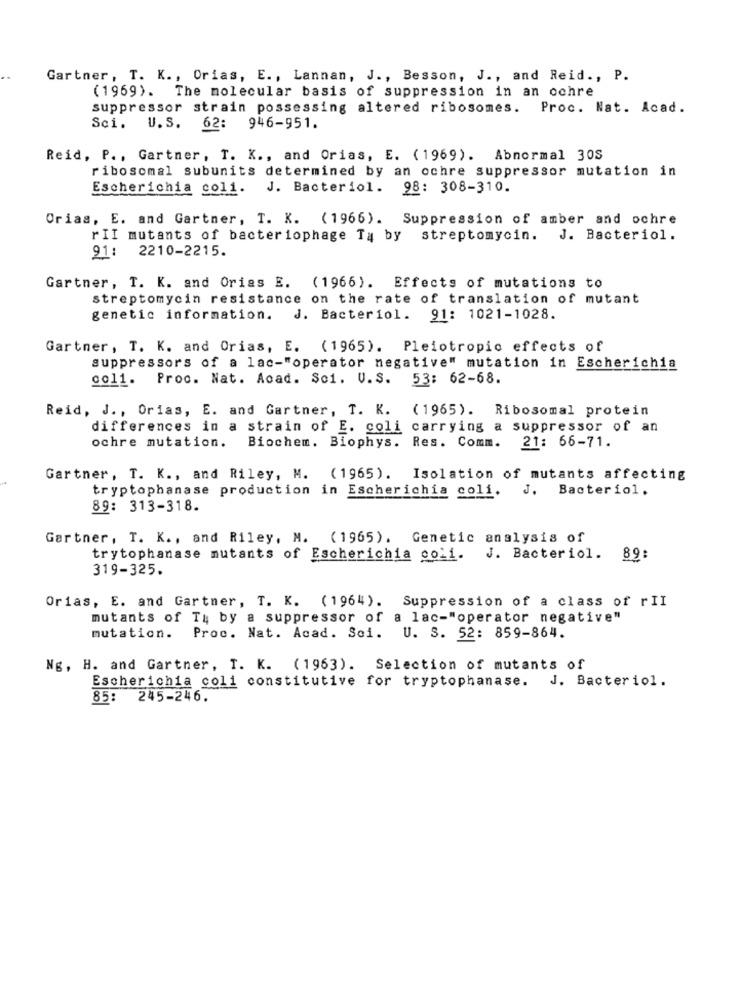
Gartner, T. K ., Orias, E ., Lannan, J ., Besson, J ., and Reid ., P.
(1969). The molecular basis of suppression in an ochre
suppressor strain possessing altered ribosomes. Proc. Nat. Acad.
Sci. U.S. 62: 946-951.
Reid, P ., Gartner, T. K ., and Orias, E. (1969). Abnormal 30S
ribosomal subunits determined by an ochre suppressor mutation in
Escherichia coli.
J. Bacteriol. 98: 308-310.
Orias, E. and Gartner, T. K. (1966). Suppression of amber and ochre
rII mutants of bacteriophage Ty by streptomycin. J. Bacteriol.
91: 2210-2215.
Gartner, T. K. and Orias E. (1966). Effects of mutations to
streptomycin resistance on the rate of translation of mutant
genetic information. J. Bacteriol. 91: 1021-1028.
Gartner, T. K. and Orias, E. (1965). Pleiotropic effects of
suppressors of a lac-"operator negative" mutation in Escherichia
goli. Proc. Nat. Acad. Soi. V.S. 53: 62-68.
Reid, J ., Orias, E. and Gartner, T. K. (1965). Ribosomal protein
differences in a strain of E. coli carrying a suppressor of an
Biochem. Biophys. Res. Comm. 21: 66-71.
ochre mutation.
Gartner, T. K ., and Riley, M. (1965). Isolation of mutants affecting
tryptophanase production in Escherichia coli.
J.
Bacteriol.
89: 313-318.
Gartner, T. K ., and Riley, M. (1965). Genetic analysis of
trytophanase mutants of Escherichia coli. J. Bacteriol. 89:
319-325.
Orias, E. and Gartner, T. K. (1964). Suppression of a class of rII
mutants of Ty by a suppressor of a lac-"operator negative"
mutation. Proc. Nat. Acad. Soi. U. S. 52: 859-864.
Ng, H. and Gartner, T. K. (1963). Selection of mutants of
Escherichia coli constitutive for tryptophanase. J. Bacteriol.
85: 245-246.